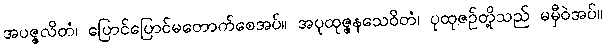
အပဇ္ဇလိတံ၊ ပြောင်ပြောင်မတောက်စေအပ်။ အပုထုဇ္ဇနသေဝိတံ၊ ပုထုဇဉ်တို့သည် မမှီဝဲအပ်။